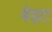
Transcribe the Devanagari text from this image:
बेइट